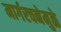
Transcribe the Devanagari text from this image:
मार्गरचनेमुळे